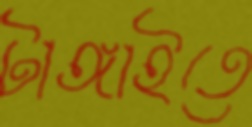
টাঙ্গাইতে